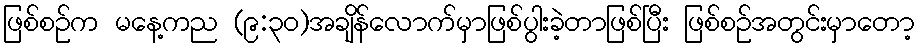
ဖြစ်စဉ်က မနေ့ကည (၉:၃၀)အချိန်လောက်မှာဖြစ်ပွါးခဲ့တာဖြစ်ပြီး ဖြစ်စဉ်အတွင်းမှာတော့